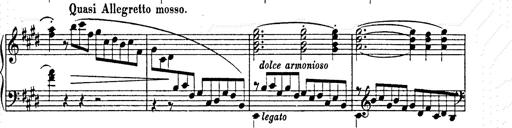
Title: AnnÃ©es de pÃ¨lerinage II
Composer: Franz Liszt